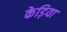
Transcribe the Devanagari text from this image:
केड़िया